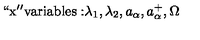
\mathrm { ` ` x ' ' v a r i a b l e s : } \lambda _ { 1 } , \lambda _ { 2 } , a _ { \alpha } , a _ { \alpha } ^ { + } , \Omega